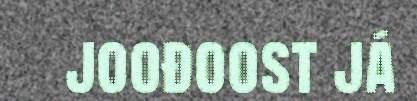
joođoost já